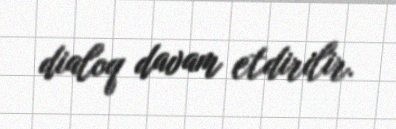
dialoq davam etdirilir.